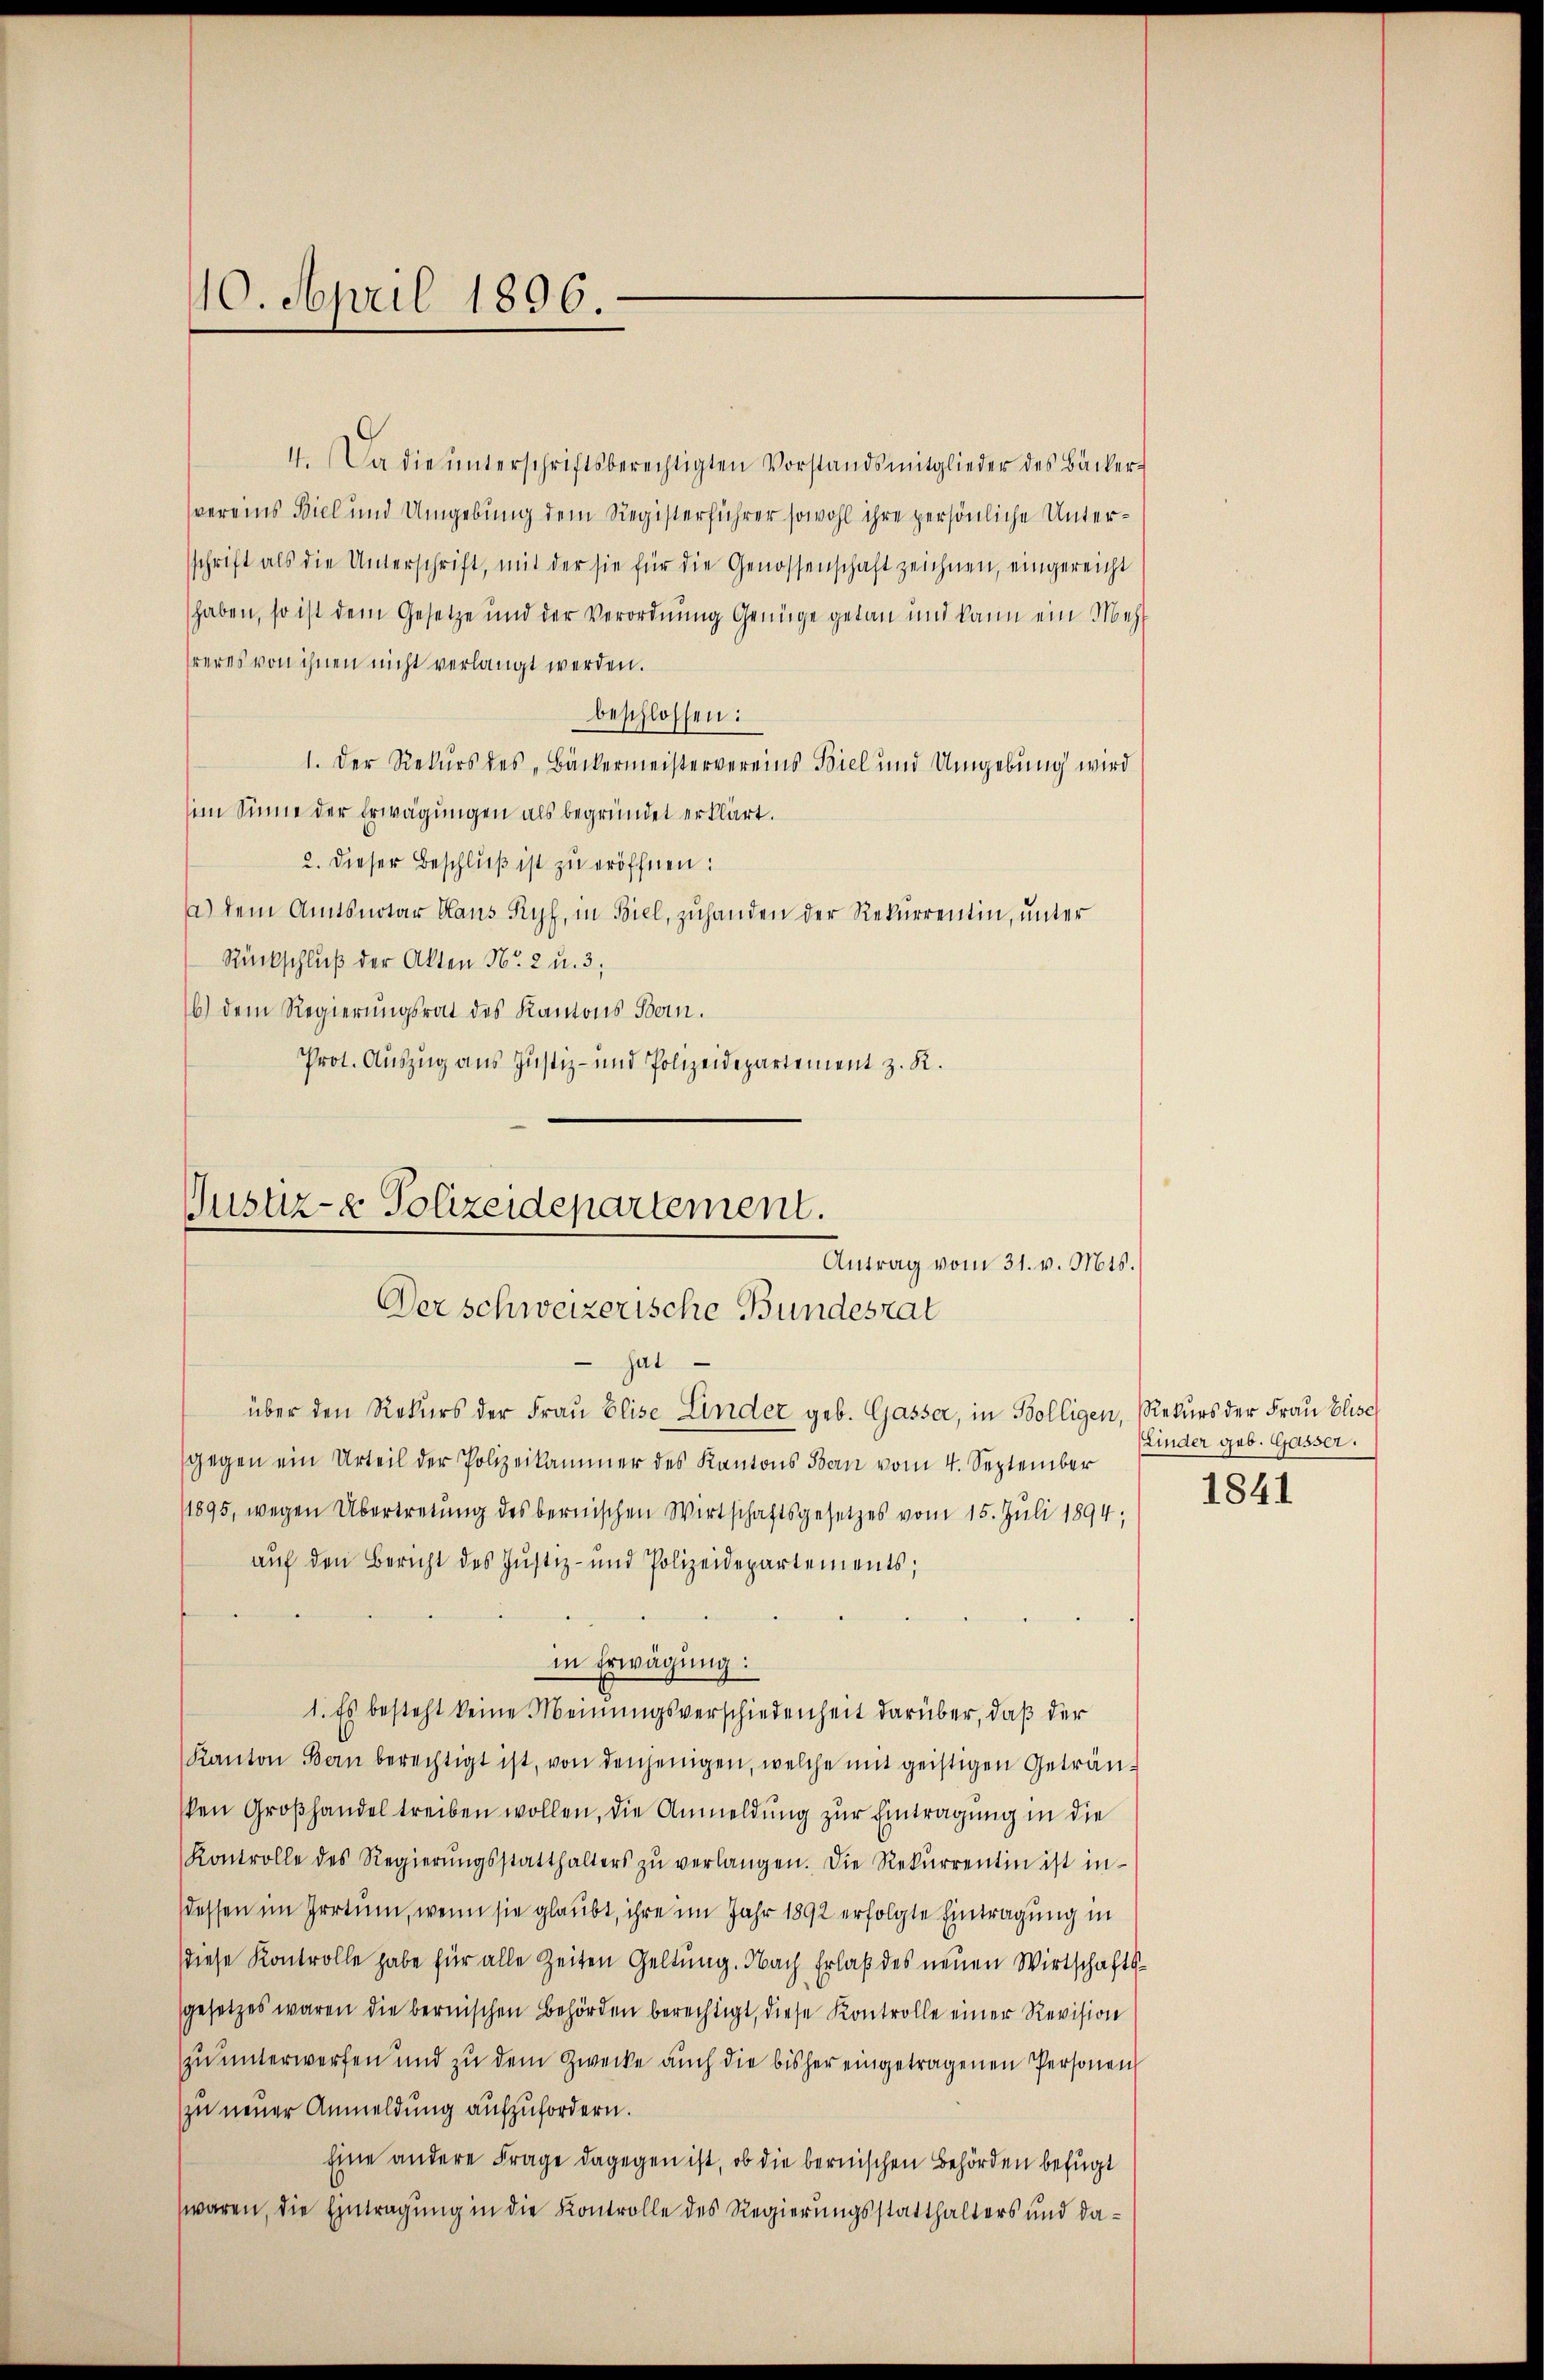
410. April 1896.

4. Da die unterschriftsberechtigten Vorstandsmitglieder des Bäckervereins Biel und Umgebung dem Registerführer sowohl ihre persönliche Untersschrift als die Unterschrift, mit der sie für die Genossenschaft zeichnen, eingereicht
haben, so ist dem Gesetze und der Verordnung Genüge getan und kann ein Mehl
hreres von ihnen nicht verlangt werden.
beschlossen:
1. Der Rekurs des „Bäckermeistervereins Biel und Umgebung wird
sim Sinne der Erwägungen als begründet erklärt.
2. dieser Beschlŭβ ist zu eröffnen:
a) dem Amtsnotar Haus Ryf, in Biel, zuhanden der Rekurrentin, unter
Rückschluß der Akten No. 2 u. 3;
b.) dem Regierungsrat des Kantons Bern.
Prot. Auszug aus Justiz- und Polizeidepartement z. R.

Justiz- & Polizeidepartement.
Antrag vom 31. v. Mts.
Der schweizerische Bundesrat
 hat
über den Rekurs der Frau Elise Linder geb. Gasser, in Bolligen, Rekurs der Frau Elise

gegen ein Urteil der Polizeikammer des Kantons Bau vom 4. September
1895, wegen Übertretung des bernischen Wirtschaftsgesetzes vom 15. Juli 1894;
aŭf den Bericht des Justiz- und Polizeidepartements;
in Erwägung:
1. Es besteht keine Meinungsverschiedenheit darüber, daß der
Kanton Bern berechtigt ist, von denjenigen, welche mit geistigen Geträusten Großhandel treiben wollen, die Anmeldung zur Eintragung in die
Kontrolle des Regierŭngsstatthalters zŭ verlangen. Die Rekŭrrentin ist in-
dessen im Irrtum, wenn sie glaubt, ihre im Jahr 1892 erfolgte Eintragung in
diese Kontrolle habe für alle Zeiten Geltung. Nach Erlaß des neuen Wirtschaftsgesetzes waren die bernischen Behörden berechtigt, diese Kontrolle einer Revision
zu unterwerfen und zu dem Zwecke auch die bisher eingetragenen Personen
zu neuer Anmeldung aufzufordern.
Eine andere Frage dagegen ist, ob die bernischen Behörden befugt
waren, die Eintragung in die Kontrolle des Regierungsstatthalters und da¬

(Linder geb. Gasser.
1841